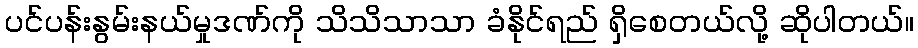
ပင်ပန်းနွမ်းနယ်မှုဒဏ်ကို သိသိသာသာ ခံနိုင်ရည် ရှိစေတယ်လို့ ဆိုပါတယ်။